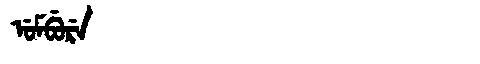
Manchu: ᡠᠮᠪᡠᡵᡝ
Romanization: UMBURE